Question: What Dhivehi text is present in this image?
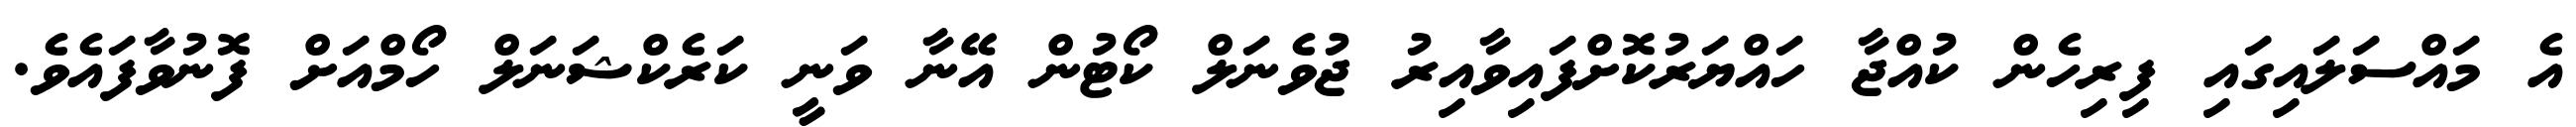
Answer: އެ މައްސަލައިގައި ފިރިހެން ކުއްޖާ ހައްޔަރުކޮށްފައިވާއިރު ޖުވެނަލް ކޯޓުން އޭނާ ވަނީ ކަރެކްޝަނަލް ހޯމްއަށް ފޮނުވާފައެވެ.